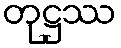
တုဋ္ဌဿ